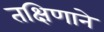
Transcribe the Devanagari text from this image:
तक्षिणाने